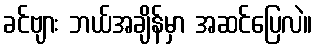
ခင်ဗျား ဘယ်အချိန်မှာ အဆင်ပြေလဲ။